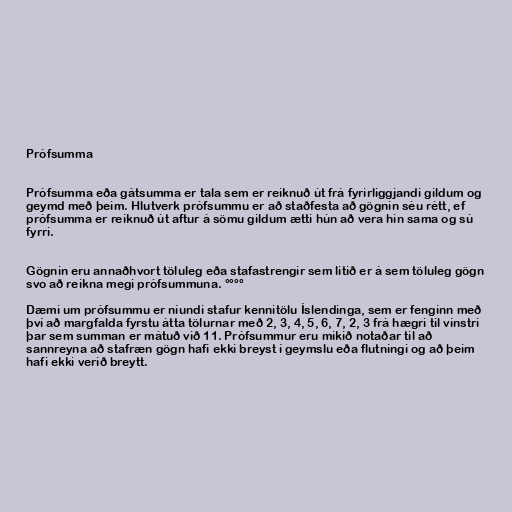
Prófsumma

Prófsumma eða gátsumma er tala sem er reiknuð út frá fyrirliggjandi gildum og
geymd með þeim. Hlutverk prófsummu er að staðfesta að gögnin séu rétt, ef
prófsumma er reiknuð út aftur á sömu gildum ætti hún að vera hin sama og sú
fyrri.

Gögnin eru annaðhvort töluleg eða stafastrengir sem litið er á sem töluleg gögn
svo að reikna megi prófsummuna. °°°°

Dæmi um prófsummu er níundi stafur kennitölu Íslendinga, sem er fenginn með
því að margfalda fyrstu átta tölurnar með 2, 3, 4, 5, 6, 7, 2, 3 frá hægri til vinstri
þar sem summan er mátuð við 11. Prófsummur eru mikið notaðar til að
sannreyna að stafræn gögn hafi ekki breyst í geymslu eða flutningi og að þeim
hafi ekki verið breytt.